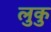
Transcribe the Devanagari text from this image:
लुकु